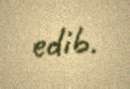
edib.